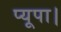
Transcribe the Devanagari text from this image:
प्यूपा।